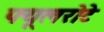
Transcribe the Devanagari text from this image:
फ्यूलरोटे